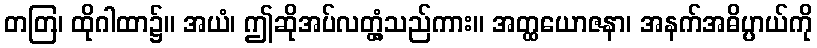
တတြ၊ ထိုဂါထာ၌။ အယံ၊ ဤဆိုအပ်လတ္တံ့သည်ကား။ အတ္ထယောဇနာ၊ အနက်အဓိပ္ပာယ်ကို